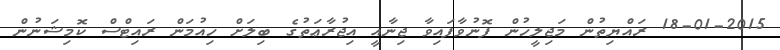
18-01-2015 ރައްޔިތުން މަޖިލީހުން ފޮނުވާފައިވާ ޖިނާއީ އިޖުރާޢަތުގެ ބިލަށް ހިއުމަން ރައިޓްސް ކޮމިޝަނުން